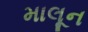
માલૂન